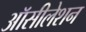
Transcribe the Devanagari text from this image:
ऑसीलेशन